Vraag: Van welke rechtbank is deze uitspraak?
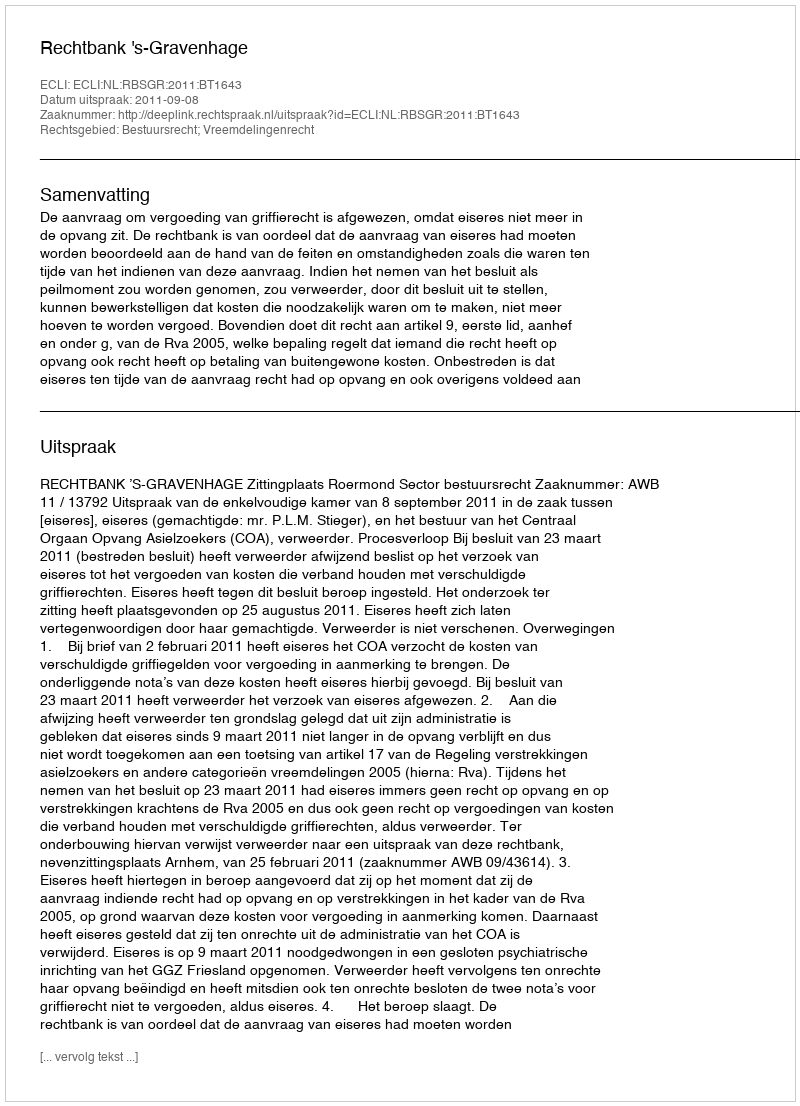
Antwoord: Rechtbank 's-Gravenhage